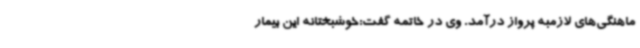
ماهنگی‌های لازمبه پرواز درآمد. وی در خاتمه گفت:خوشبختانه این بیمار